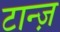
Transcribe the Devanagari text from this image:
टान्ज़